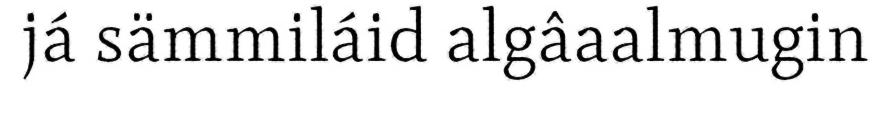
já sämmiláid algâaalmugin